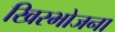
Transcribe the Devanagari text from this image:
खिरभोजना